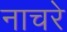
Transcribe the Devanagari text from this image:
नाचरे